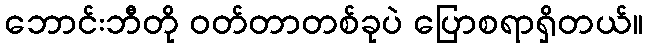
ဘောင်းဘီတို ဝတ်တာတစ်ခုပဲ ပြောစရာရှိတယ်။